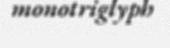
monotriglyph